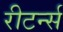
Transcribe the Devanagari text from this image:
रीटर्न्स